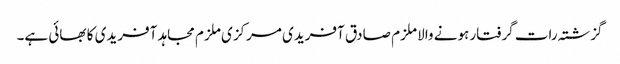
گزشتہ رات گرفتار ہونے والا ملزم صادق آفریدی مرکزی ملزم مجاہد آفریدی کا بھائی ہے۔